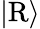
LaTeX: \vert\mathrm{R}\rangle